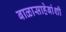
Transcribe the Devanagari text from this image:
बाळासाहेबांशी